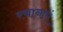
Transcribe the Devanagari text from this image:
रचानाएं